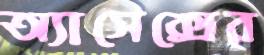
অ্যাসেক্সের